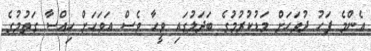
އެންމެ ފަހު ދުވަހަށް މަޑުކުރުމުގެ ބަދަލުގައި ވީހާ ވެސް އަވަހަށް ހިއްސާ ގަތުމުގެ